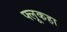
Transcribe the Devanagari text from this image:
फ्लूकहा